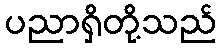
ပညာရှိတို့သည်